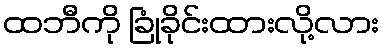
ထဘီကို ခြုံခိုင်းထားလို့လား